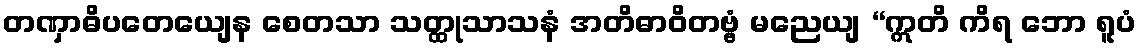
တဏှာဓိပတေယျေန စေတသာ သတ္ထုသာသနံ အတိဓာဝိတဗ္ဗံ မညေယျ “ဣတိ ကိရ ဘော ရူပံ